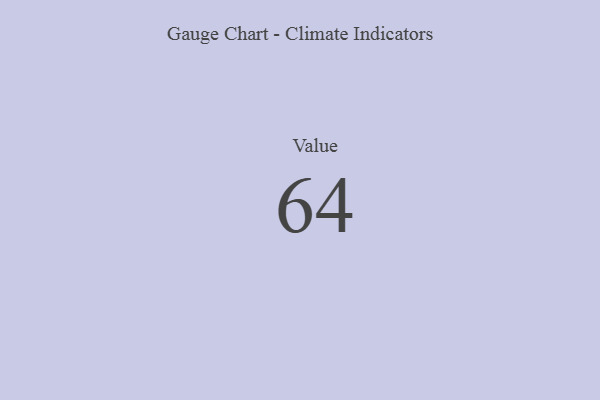
{"axis": {"x": "Metric", "y": "Value"}, "legend": [""], "data": [{"x": "Value", "y": 64, "type": ""}]}